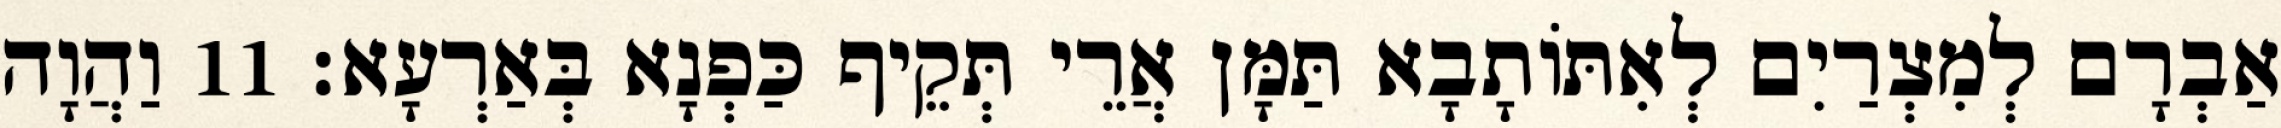
אַבְרָם לְמִצְרַיִם לְאִתּוֹתָבָא תַּמָּן אֲרֵי תְּקֵיף כַּפְנָא בְּאַרְעָא׃ 11 וַהֲוָה